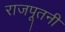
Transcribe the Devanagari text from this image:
राजपूतनी